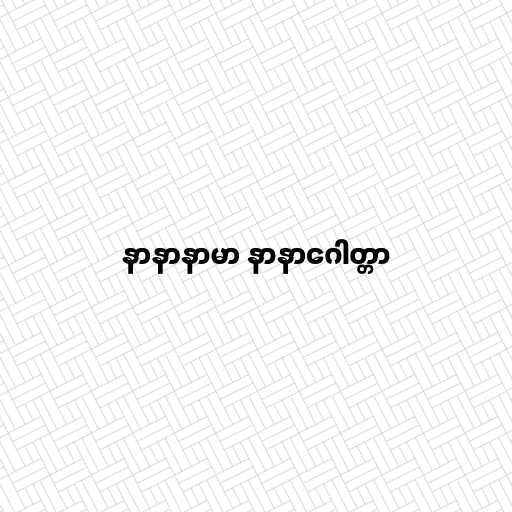
နာနာနာမာ နာနာဂေါတ္တာ